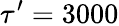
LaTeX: \tau^{\prime}=3000